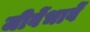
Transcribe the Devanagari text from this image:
जीवेंभावें